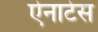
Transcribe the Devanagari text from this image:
ऐनाटेस